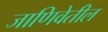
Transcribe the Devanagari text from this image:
जाणिवेतील